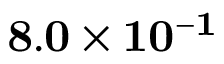
{ \bf 8 . 0 \times 1 0 ^ { - 1 } }